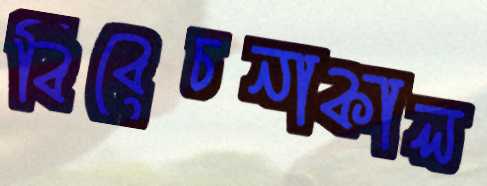
বিবেচনাকাল